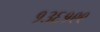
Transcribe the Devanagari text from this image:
१३६१९९